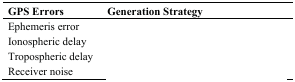
<table><thead><tr><td><b>GPS Errors</b></td><td><b>Generation Strategy</b></td></tr></thead><tbody><tr><td>Ephemeris error</td><td>[EMPTY_CELL]</td></tr><tr><td>Ionospheric delay</td><td>[EMPTY_CELL]</td></tr><tr><td>Tropospheric delay</td><td>[EMPTY_CELL]</td></tr><tr><td>Receiver noise</td><td>[EMPTY_CELL]</td></tr></tbody></table>